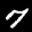
Label: 7